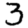
Digit: 3